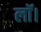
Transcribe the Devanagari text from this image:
लॉ।